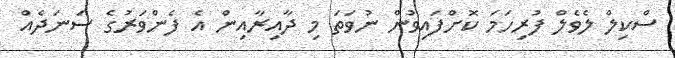
ސްކިލް ލެވެލް ފުރިހަމަ ކޮށްފައިވުން ނުވަތަ މި ދާއިރާއިން އެ ފެންވަރުގެ ސަނަދެއް